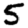
Digit: 5